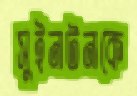
সুইনটনকে